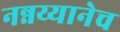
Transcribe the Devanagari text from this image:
नन्नय्यानेच